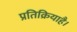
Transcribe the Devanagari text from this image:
प्रतिक्रियाहै।